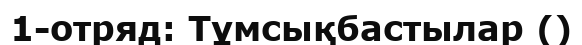
1-отряд: Тұмсықбастылар ()